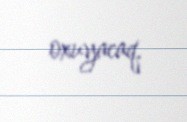
oxuyacaq.